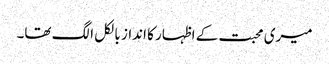
میری محبت کے اظہار کا انداز بالکل الگ تھا۔